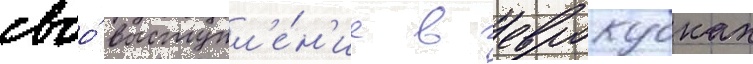
своо́ выступл'е́н'ие в еврокубках